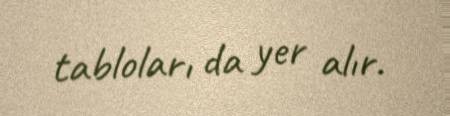
tabloları da yer alır.